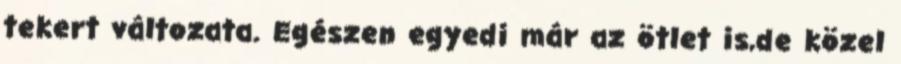
tekert változata. Egészen egyedi már az ötlet is,de közel